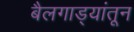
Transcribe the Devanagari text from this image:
बैलगाड्यांतून